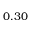
0 . 3 0